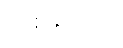
တစ်ခုသော